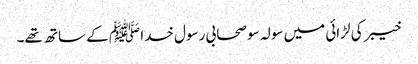
خیبر کی لڑائی میں سولہ سو صحابی رسول خدا ﷺ کے ساتھ تھے۔